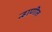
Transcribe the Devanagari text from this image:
न्हाणीत